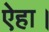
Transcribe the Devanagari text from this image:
ऐहा।